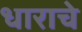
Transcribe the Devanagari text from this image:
धाराचे